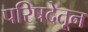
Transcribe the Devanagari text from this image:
परिषदेतून